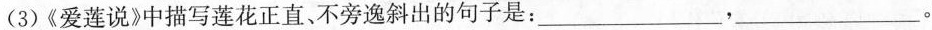
(3)《爱莲说》中描写莲花正直、不旁逸斜出的句子是：___，___。